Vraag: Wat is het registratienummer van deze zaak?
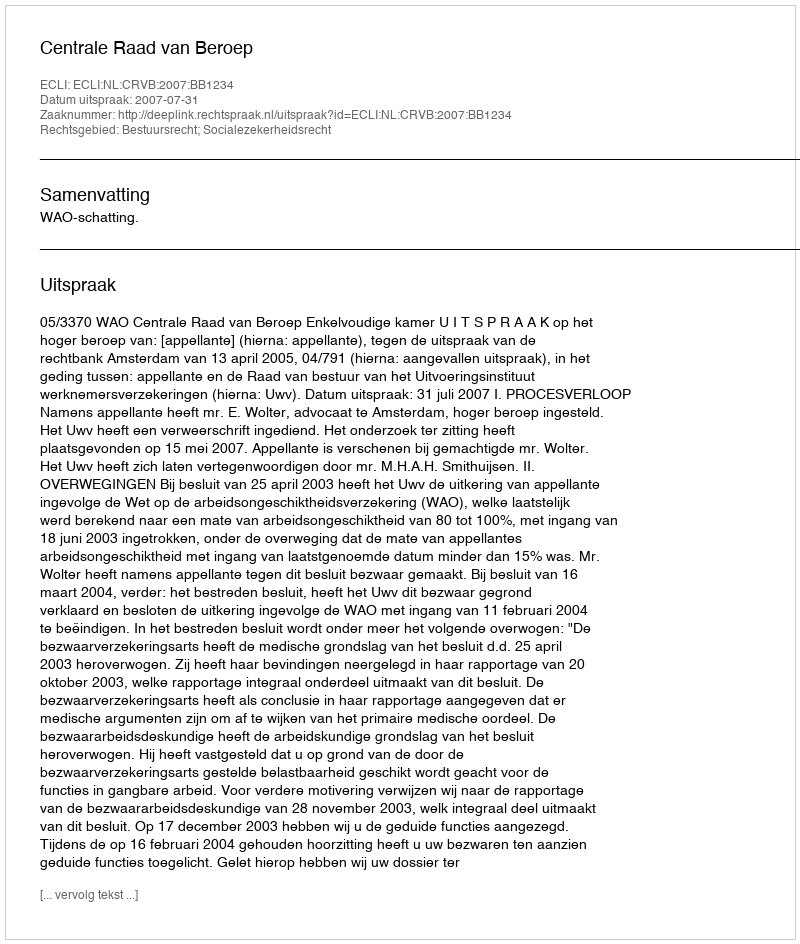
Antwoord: http://deeplink.rechtspraak.nl/uitspraak?id=ECLI:NL:CRVB:2007:BB1234